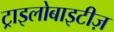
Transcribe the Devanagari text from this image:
ट्राइलोबाइटीज़